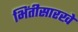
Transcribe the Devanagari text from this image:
भिंतीसारखे